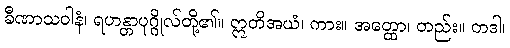
ခီဏာသဝါနံ၊ ရဟန္တာပုဂ္ဂိုလ်တို့၏။ ဣတိအယံ၊ ကား။ အတ္ထော၊ တည်း။ တဒါ၊